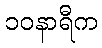
၁၀နာရီက